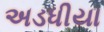
અડધીયા